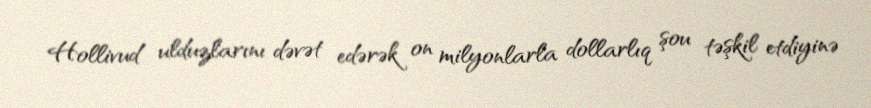
Hollivud ulduzlarını dəvət edərək on milyonlarla dollarlıq şou təşkil etdiyinə